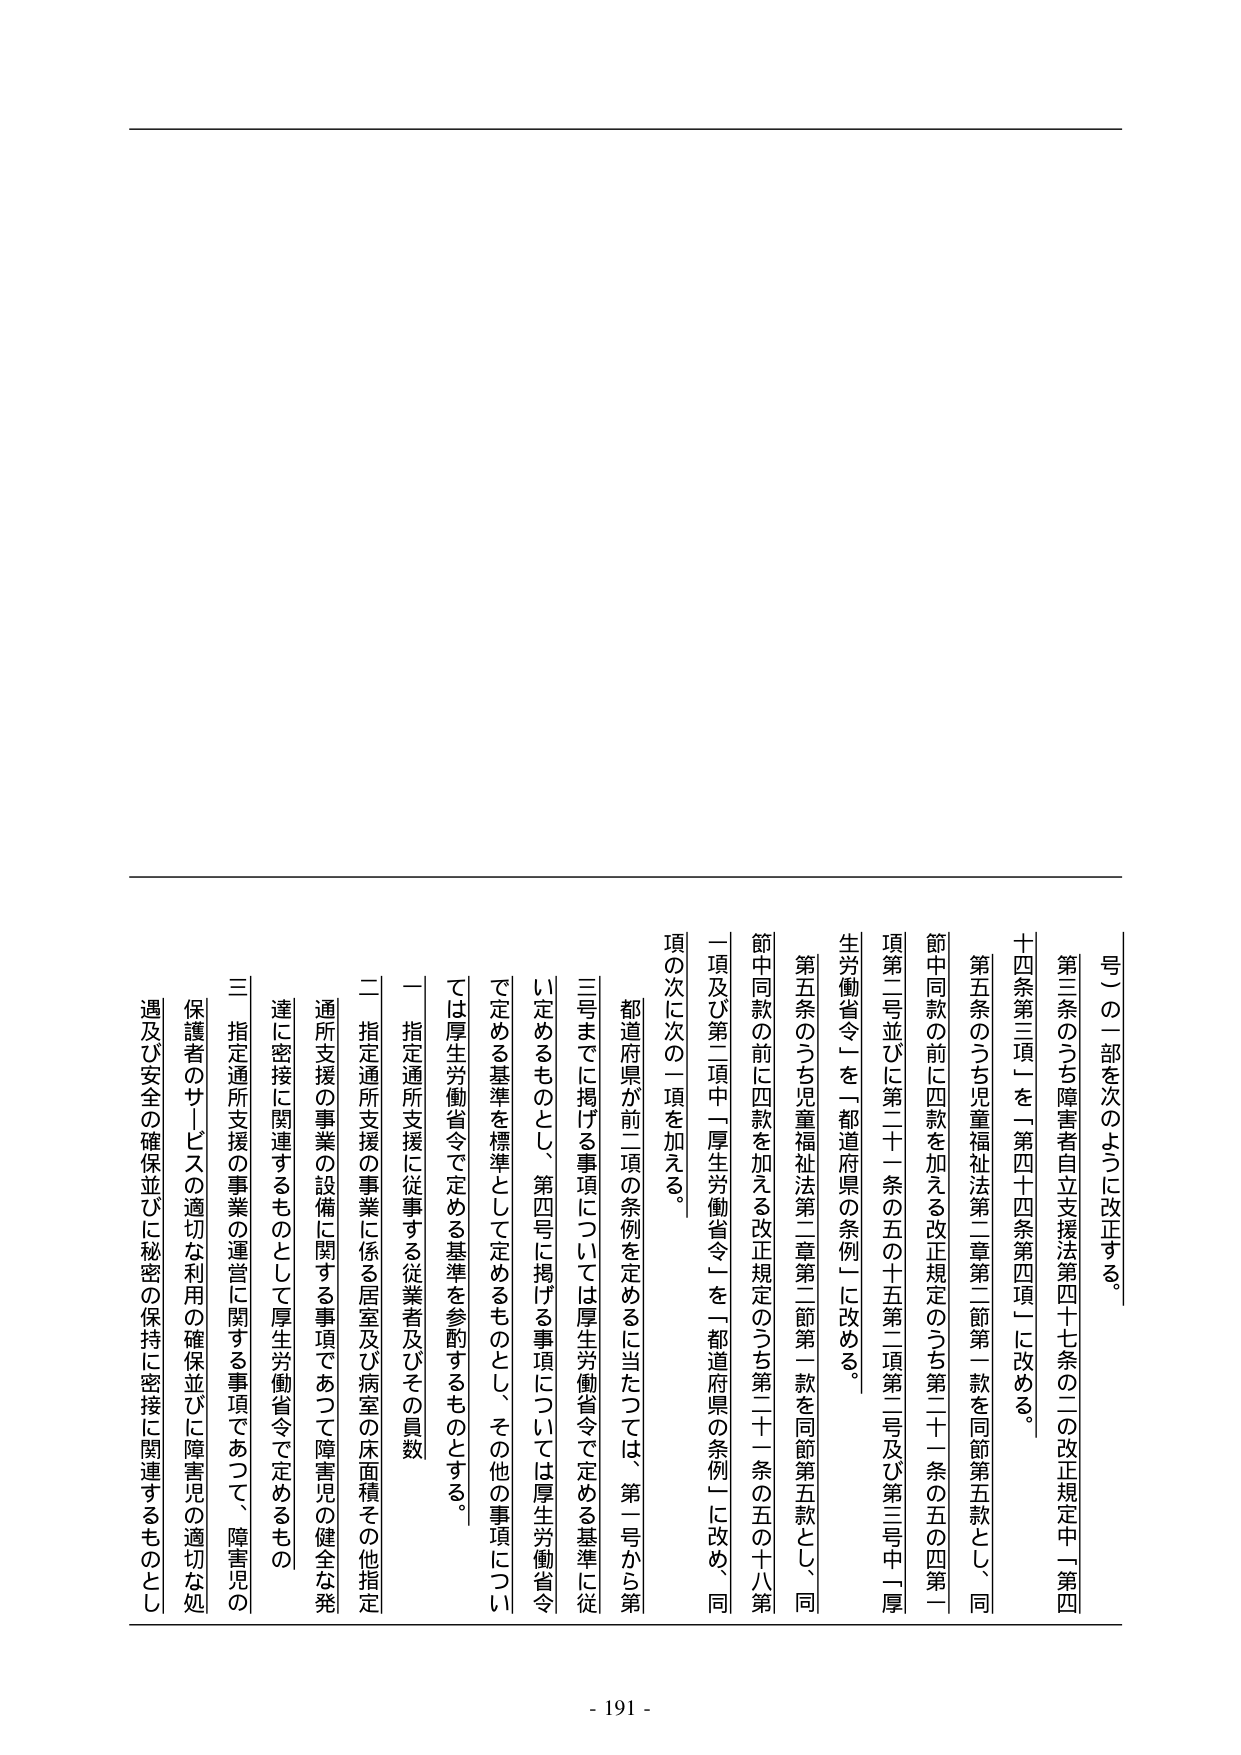
号）の一部を次のように改正する。

第三条のうち障害者自立支援法第四十七条の二の改正規定中「第四十四条第三項」を「第四十四条第四項」に改める。

第五条のうち児童福祉法第二章第二節第一款を同節第五款とし、同節中同款の前に四款を加える改正規定のうち第二十一条の五の四第一項第二号並びに第二十一条の五の十五第二項第三号及び第三号中「厚生労働省令」を「都道府県の条例」に改める。

第五条のうち児童福祉法第二章第二節第一款を同節第五款とし、同節中同款の前に四款を加える改正規定のうち第二十一条の五の十八第一項及び第二項中「厚生労働省令」を「都道府県の条例」に改め、同項の次に次の一項を加える。

都道府県が前二項の条例を定めるに当たっては、第一号から第三号までに掲げる事項については厚生労働省令で定める基準に従い定めるものとし、第四号に掲げる事項については厚生労働省令で定める基準を標準として定めるものとし、その他の事項については厚生労働省令で定める基準を参酌するものとする。

一 指定通所支援に従事する従業者及びその員数

二 指定通所支援の事業に係る居室及び病室の床面積その他指定通所支援の事業の設備に関する事項であって障害児の健全な発達に密接に関連するものとして厚生労働省令で定めるもの

三 指定通所支援の事業の運営に関する事項であって、障害児の保護者のサービスの適切な利用の確保並びに障害児の適切な処遇及び安全の確保並びに秘密の保持に密接に関連するものとし

- 191 -